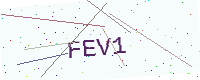
Text: FEV1